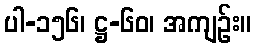
ပါ-၁၅၆၊ ဋ္ဌ-၆၀၊ အကျဉ်း။